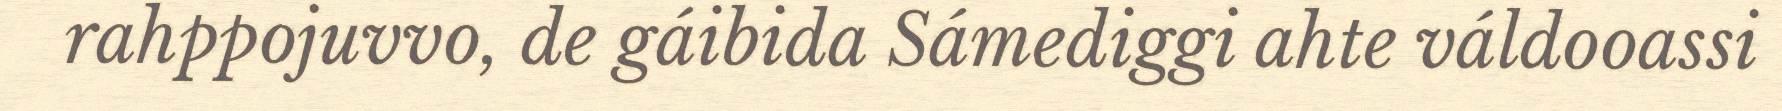
rahppojuvvo, de gáibida Sámediggi ahte váldooassi